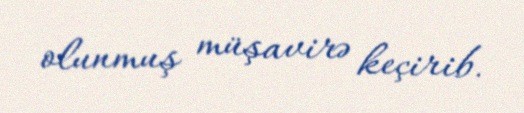
olunmuş müşavirə keçirib.